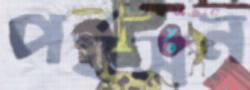
পর্যসন